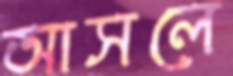
আসলে